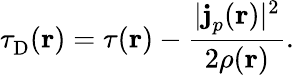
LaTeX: \tau_{\mathrm{D}}^{}(\mathbf{r})=\tau(\mathbf{r})-\frac{|\mathbf{j}_{p}^{}(\mathbf{r})|^{2}}{2\rho(\mathbf{r})}.